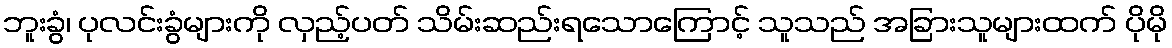
ဘူးခွံ၊ ပုလင်းခွံများကို လှည့်ပတ် သိမ်းဆည်းရသောကြောင့် သူသည် အခြားသူများထက် ပိုမို